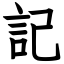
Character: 記